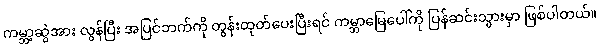
ကမ္ဘာ့ဆွဲအား လွန်ပြီး အပြင်ဘက်ကို တွန်းထုတ်ပေးပြီးရင် ကမ္ဘာမြေပေါ်ကို ပြန်ဆင်းသွားမှာ ဖြစ်ပါတယ်။